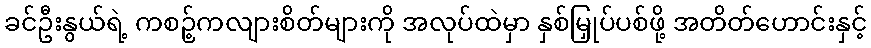
ခင်ဦးနွယ်ရဲ့ ကစဉ့်ကလျားစိတ်များကို အလုပ်ထဲမှာ နှစ်မြှုပ်ပစ်ဖို့ အတိတ်ဟောင်းနှင့်